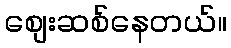
စျေးဆစ်နေတယ်။